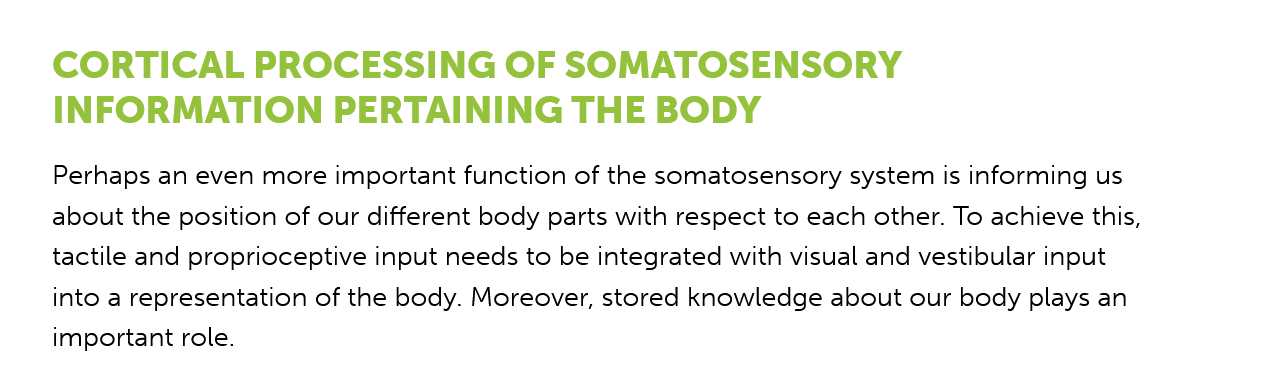
CORTICAL    PROCESSING    OF  SOMATOSENSORY
    INFORMATION    PERTAINING    THE   BODY
    Perhaps an even more important function of the somatosensory system is informing us
    about the position of our different body parts with respect to each other. To achieve this,
    tactile and proprioceptive input needs to be integrated with visual and vestibular input
    into a representation of the body. Moreover, stored knowledge about our body plays an
    important role.